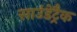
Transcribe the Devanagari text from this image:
साउंडेट्रैक